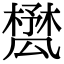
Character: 𣛾